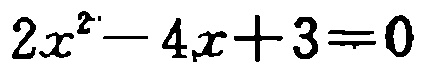
$2x^{2}-4x + 3 = 0$